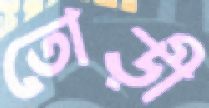
তোড়ী